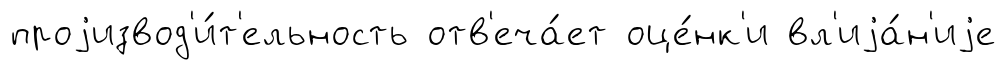
проjизвод'и́т'ельность отв'еча́ет оце́нк'и вл'иjа́н'иjе